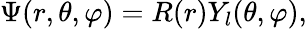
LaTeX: \Psi(r,\theta,\varphi)=R(r)Y_{l}(\theta,\varphi),